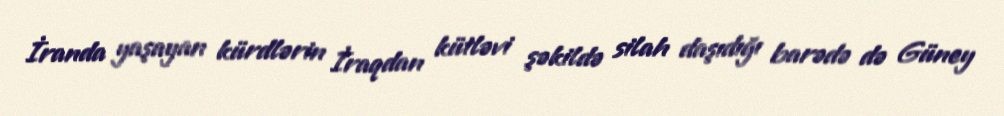
İranda yaşayan kürdlərin İraqdan kütləvi şəkildə silah daşıdığı barədə də Güney